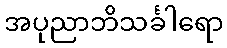
အပုညာဘိသင်္ခါရော